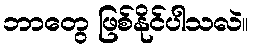
ဘာတွေ ဖြစ်နိုင်ပါသလဲ။